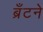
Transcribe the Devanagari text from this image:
ब्रँटने